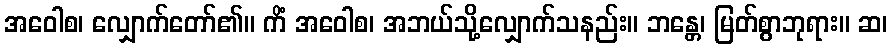
အဝေါစ၊ လျှောက်တော်၏။ ကိံ အဝေါစ၊ အဘယ်သို့လျှောက်သနည်း။ ဘန္တေ၊ မြတ်စွာဘုရား။ ဆ၊